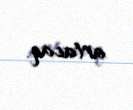
artacaq.